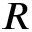
R